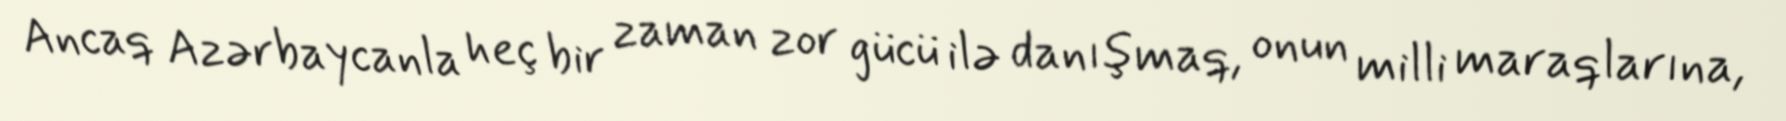
Ancaq Azərbaycanla heç bir zaman zor gücü ilə danışmaq, onun milli maraqlarına,